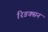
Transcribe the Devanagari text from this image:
रिडक्सन